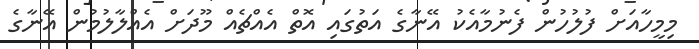
މިމީހާއަށް ފުލުހުން ފެނުމާއެކު އޭނާގެ އަތުގައި އޮތް އެއްޗެއް މޫދަށް އެއްލާލުމުން އޭނާގެ